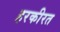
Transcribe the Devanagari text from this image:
हरकीरत